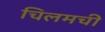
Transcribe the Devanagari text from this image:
चिलमची